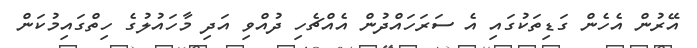
އޭރުން އެހެން ގަޑިތަކުގައި އެ ސަރަހައްދުން އެއްޗެހި ދުއްވި އަދި މާހައުލުގެ ހިތްގައިމުކަން